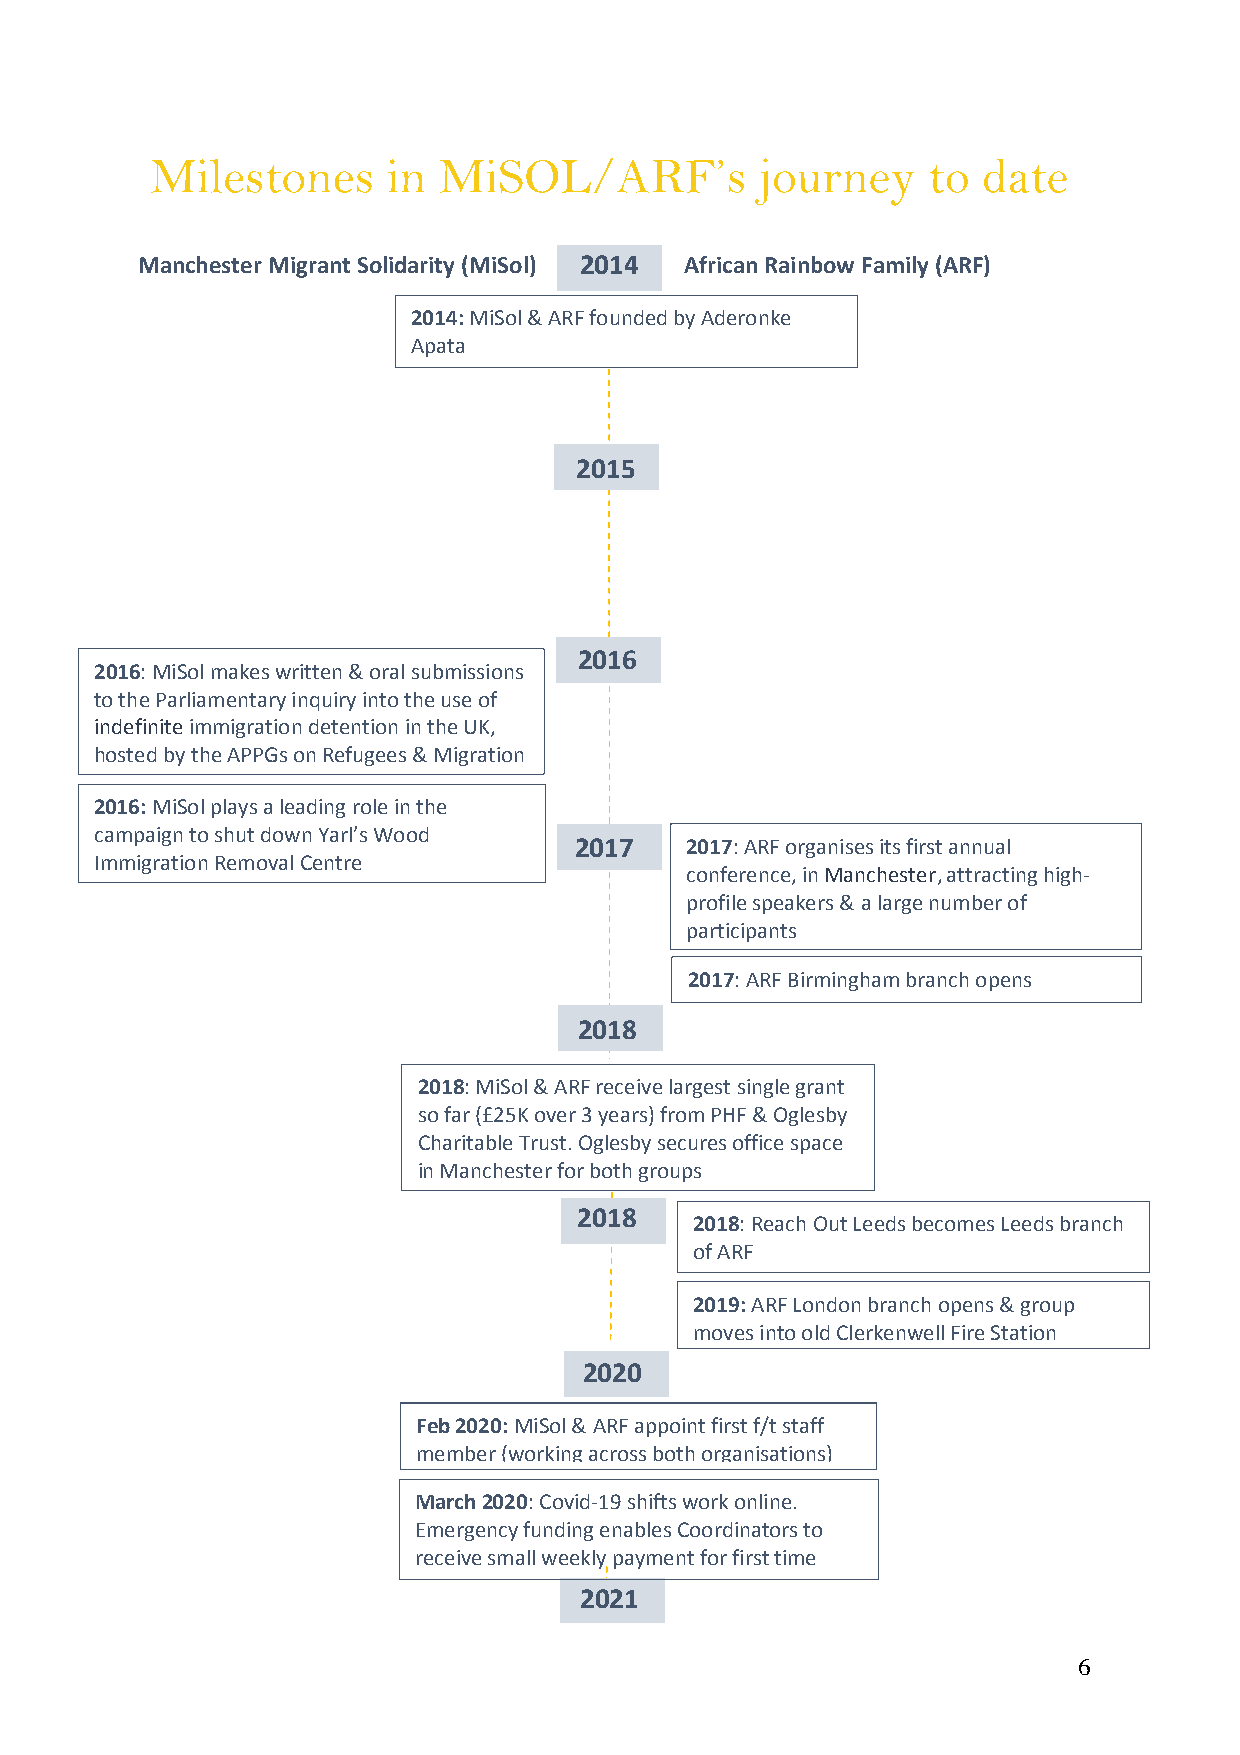
Milestones      in MiSOL/ARF’s          journey    to  date
 M anchester Migrant Solidarity (MiSol) 2014 African Rainbow Family (ARF)
 2014: MiSol & ARF founded by Aderonke
 Apata
 2015
 2016
 2016: MiSol makes written & oral submissions
 to the Parliamentary inquiry into the use of
 indefinite immigration detention in the UK,
 hosted by the APPGs on Refugees & Migration
 2016: MiSol plays a leading role in the
 campaign to shut down Yarl’s Wood
 2017   2017: ARF organises its first annual
 Immigration Removal Centre
 conference, in Manchester, attracting high-
 profile speakers & a large number of
 participants
 2017: ARF Birmingham branch opens
 2018
 2018: MiSol & ARF receive largest single grant
 so far (£25K over 3 years) from PHF & Oglesby
 Charitable Trust. Oglesby secures office space
 in Manchester for both groups
 2018
 2018: Reach Out Leeds becomes Leeds branch
 of ARF
 2019: ARF London branch opens & group
 moves into old Clerkenwell Fire Station
 2020
 Feb 2020: MiSol & ARF appoint first f/t staff
 member (working across both organisations)
 March 2020: Covid-19 shifts work online.
 Emergency funding enables Coordinators to
 receive small weekly payment for first time
 2021
 6